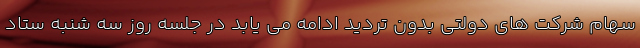
سهام شرکت های دولتی بدون تردید ادامه می یابد در جلسه روز سه شنبه ستاد